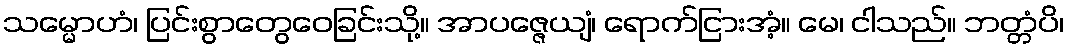
သမ္မောဟံ၊ ပြင်းစွာတွေဝေခြင်းသို့။ အာပဇ္ဇေယျံ၊ ရောက်ငြားအံ့။ မေ၊ ငါသည်။ ဘတ္တံပိ၊